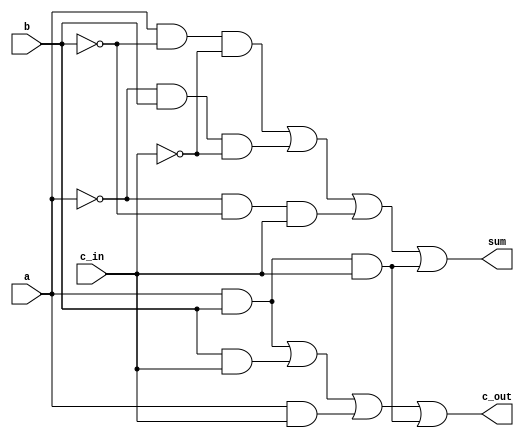
`timescale 1ns / 1ps
//////////////////////////////////////////////////////////////////////////////////
// Company: 
// Engineer: 
// 
// Design Name: 
// Module Name: FA_str
// Project Name: 
// Target Devices: 
// Tool Versions: 
// Description: 
// 
// Dependencies: 
// 
// Revision:
// Revision 0.01 - File Created
// Additional Comments:
// 
//////////////////////////////////////////////////////////////////////////////////
`define	D		0		// definition of the delay

module FA_str(c_out, sum, a, b, c_in);

	

input		a, b, c_in; //declare inputs a, b and c_in, 1 bit each
output	c_out, sum; //declare outputs c_out and sum, 1 bit each
//declare wires for values being passed between different gates
wire		not_a, not_b, not_c;
wire		and1_out, and2_out, and3_out, and4_out;
wire		and5_out, and6_out, and7_out, and8_out;

not	   not1		(not_a, a);
not	   not2		(not_b, b);
not		not3		(not_c, c_in);

// get sum
and	#`D		and1		(and1_out, a, not_b, not_c);
and	#`D		and2		(and2_out, not_a, b, not_c);
and	#`D		and3		(and3_out, not_a, not_b, c_in);
and	#`D		and4		(and4_out, a, b, c_in);
or		#`D		or1		(sum, and1_out, and2_out, and3_out, and4_out);

// get c_out							
and	#`D		and5		(and5_out, a, b);
and	#`D		and6		(and6_out, b, c_in);
and	#`D		and7		(and7_out, a, c_in);
and	#`D		and8		(and8_out, a, b, c_in);
or		#`D		or2		(c_out, and5_out, and6_out, and7_out, and8_out);


endmodule